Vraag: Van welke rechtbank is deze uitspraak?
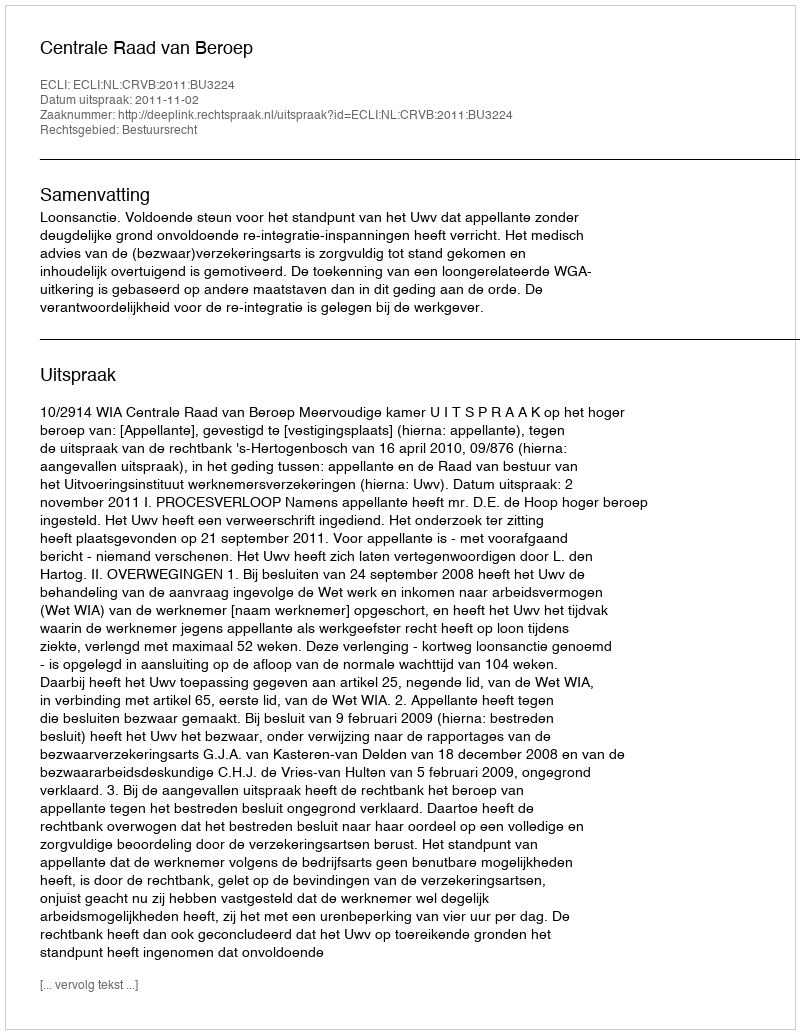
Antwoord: Centrale Raad van Beroep